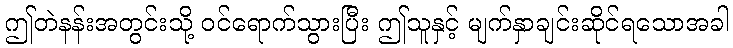
ဤတဲနန်းအတွင်းသို့ ဝင်ရောက်သွားပြီး ဤသူနှင့် မျက်နှာချင်းဆိုင်ရသောအခါ